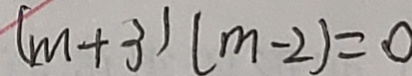
( m + 3 ) ( m - 2 ) = 0